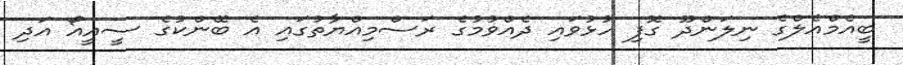
ބީއެމްއެލްގެ ނިލަންދޫ ގޮފި ހުޅުވައި ދެއްވުމުގެ ރަސްމިއްޔާތުގައި އެ ބޭންކުގެ ސީއީއޯ އަދި